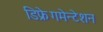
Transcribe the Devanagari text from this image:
डिफ्रेगमेन्टेशन